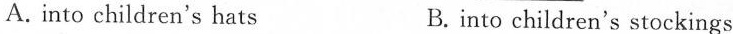
A. into children's hats B.into children's stockings